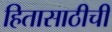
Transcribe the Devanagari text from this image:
हितासाठीची